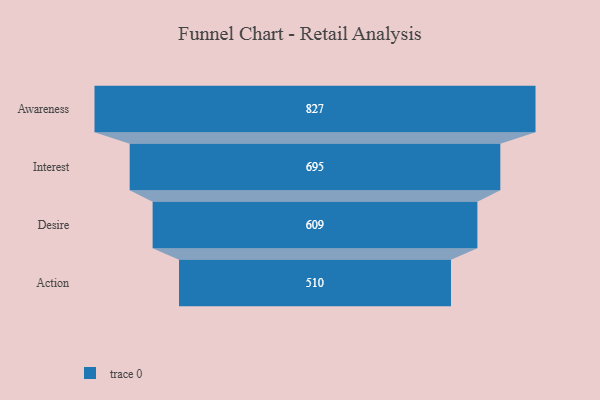
{"axis": {"x": "Stage", "y": "Value"}, "legend": [""], "data": [{"x": "Awareness", "y": 827.0, "type": ""}, {"x": "Interest", "y": 695.0, "type": ""}, {"x": "Desire", "y": 609.0, "type": ""}, {"x": "Action", "y": 510.0, "type": ""}]}